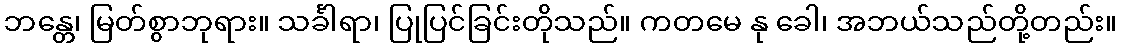
ဘန္တေ၊ မြတ်စွာဘုရား။ သင်္ခါရာ၊ ပြုပြင်ခြင်းတိုသည်။ ကတမေ နု ခေါ၊ အဘယ်သည်တို့တည်း။